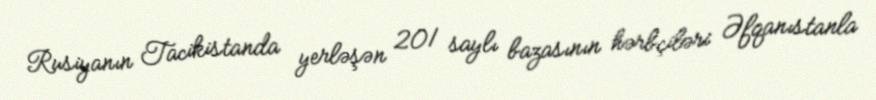
Rusiyanın Tacikistanda yerləşən 201 saylı bazasının hərbçiləri Əfqanıstanla